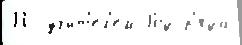
П учи́т'ел'ем Род р'яда